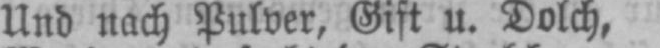
Und nach Pulver, Gift u. Dolch,